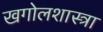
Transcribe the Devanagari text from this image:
खगोलशास्त्रा